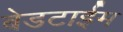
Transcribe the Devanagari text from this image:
बेडटाईम